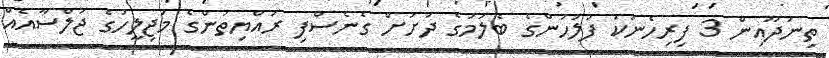
ތިނަދޫއިން 3 ފިރިހެނަކު ފުލުހުންގެ ބެލުމުގެ ދަށަށް ގެނެސްފި ރައްޔިތުންގެ މަޖިލީހުގެ ޖަލްސާއެއް